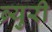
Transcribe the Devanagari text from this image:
ब्र्युरी